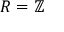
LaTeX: R = \mathbb { Z }